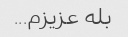
بله عزیزم...